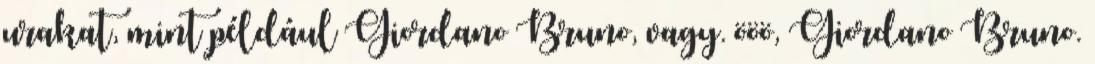
urakat, mint például Giordano Bruno, vagy. ööö, Giordano Bruno.